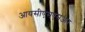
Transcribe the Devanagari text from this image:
आयसीएसएसआर